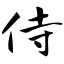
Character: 侍